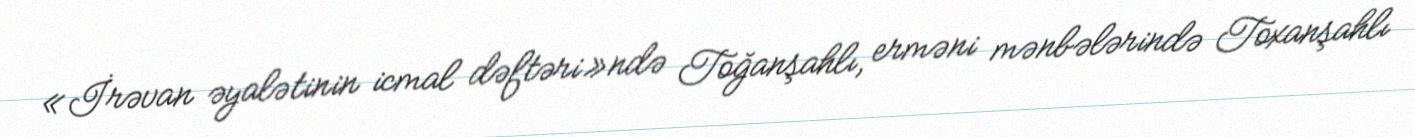
«İrəvan əyalətinin icmal dəftəri»ndə Toğanşahlı, erməni mənbələrində Toxanşahlı